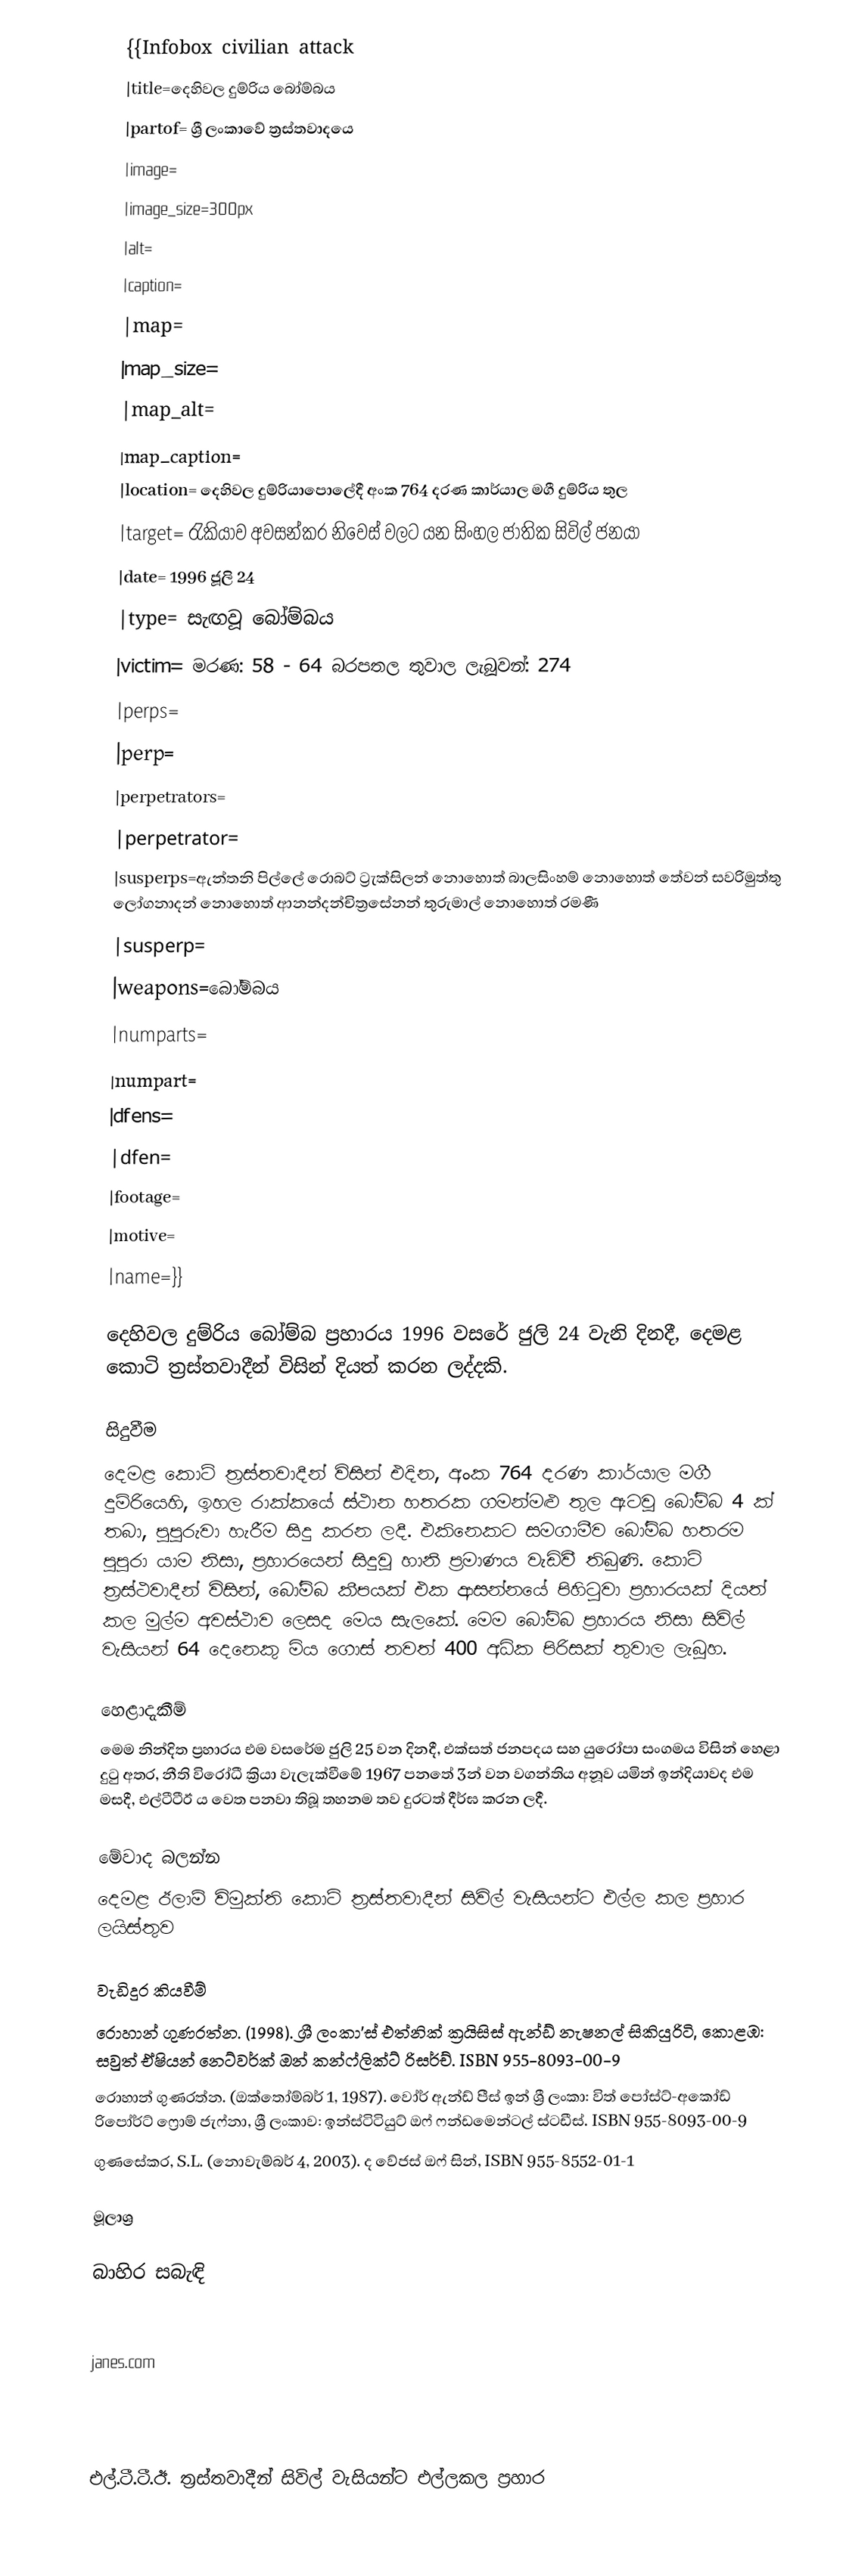
{{Infobox civilian attack
|title=දෙහිවල දුම්රිය බෝම්බය
|partof= ශ්‍රී ලංකාවේ ත්‍රස්තවාදයෙ
|image=
|image_size=300px
|alt=
|caption=
|map=
|map_size=
|map_alt=
|map_caption=
|location= දෙහිවල දුම්රියාපොලේදී අංක 764 දරණ කාර්යාල මගී දුම්රිය තුල
|target= රැකියාව අවසන්කර නිවෙස් වලට යන සිංහල ජාතික සිවිල් ජනයා
|date=  1996 ජූලි 24
|type= සැඟවූ බෝම්බය
|victim= මරණ: 58 - 64 බරපතල තුවාල ලැබූවන්‍: 274
|perps=
|perp=
|perpetrators=
|perpetrator=
|susperps=ඇන්තනි පිල්ලේ රොබට්‌ ට්‍රැක්‌සිලන් නොහොත් බාලසිංහම් නොහොත් තේවන් සවරිමුත්තු ලෝගනාදන් නොහොත් ආනන්දන්චිත්‍රසේනන් තුරුමාල් නොහොත් රමණී
|susperp=
|weapons=බෝම්බය
|numparts=
|numpart=
|dfens=
|dfen=
|footage=
|motive=
|name=}}

දෙහිවල දුම්රිය බෝම්බ ප්‍රහාරය 1996 වසරේ ජුලි 24 වැනි දිනදී, දෙමළ කොටි ත්‍රස්තවාදීන් විසින් දියත් කරන ලද්දකි.

සිදුවීම
දෙමළ කොටි ත්‍රස්තවාදීන් විසින් එදින, අංක 764 දරණ කාර්යාල මගී දුම්රියෙහි,  ඉහල රාක්කයේ ස්ථාන හතරක ගමන්මළු තුල ඇටවූ බෝම්බ 4 ක් තබා, පුපුරුවා හැරීම සිදු කරන ලදී. එකිනෙකට සමගාමීව බෝම්බ හතරම පුපුරා යාම නිසා, ප්‍රහාරයෙන් සිදුවූ හානි ප්‍රමාණය වැඩිවී තිබුණි. කොටි ත්‍රස්ථවාදීන් විසින්, බෝම්බ කීපයක් එක ආසන්නයේ පිහිටුවා ප්‍රහාරයක් දියත් කල මුල්ම අවස්ථාව ලෙසද මෙය සැලකේ. මෙම බෝම්බ ප්‍රහාරය නිසා සිවිල් වැසියන් 64 දෙනෙකු මිය ගොස් තවත් 400 අධික පිරිසක් තුවාල ලැබූහ.

හෙළාදැකීම්
මෙම නින්දිත ප්‍රහාරය එම වසරේම ජුලි 25 වන දිනදී, එක්සත් ජනපදය සහ යුරෝපා සංගමය විසින් හෙළා දුටු අතර, නීති විරෝධී ක්‍රියා වැලැක්වීමේ 1967 පනතේ 3න් වන වගන්තිය අනූව යමින් ඉන්දියාවද එම මසදී, එල්ටීටීඊ ය වෙත පනවා තිබූ තහනම තව දුරටත් දීර්ඝ කරන ලදී.

මේවාද බලන්න
 දෙමළ ඊලාම් විමුක්ති කොටි ත්‍රස්තවාදීන් සිවිල් වැසියන්ට එල්ල කල ප්‍රහාර ලයිස්තුව

වැඩිදුර කියවීම්
 රොහාන් ගුණරත්න. (1998). ශ්‍රී ලංකා'ස් එත්නික් ක්‍රයිසිස් ඇන්ඩ් නැෂනල් සිකියුරිටි, කොළඹ: සවුත් ඒෂියන් නෙට්වර්ක් ඔන් කන්ෆ්ලික්ට් රිසර්ච්. ISBN 955-8093-00-9
 රොහාන් ගුණරත්න. (ඔක්තෝම්බර් 1, 1987). වෝර් ඇන්ඩ් පීස් ඉන් ශ්‍රී ලංකා: විත් පෝස්ට්-අකෝඩ් රිපෝර්ට් ෆ්‍රොම් ජැෆ්නා, ශ්‍රී ලංකාව: ඉන්ස්ටිටියුට් ඔෆ් ෆන්ඩමෙන්ටල් ස්ටඩීස්. ISBN 955-8093-00-9
 ගුණසේකර, S.L. (නොවැම්බර් 4, 2003). ද වේජස් ඔෆ් සින්, ISBN 955-8552-01-1

මූලාශ්‍ර

බාහිර සබැඳි

 janes.com

එල්.ටී.ටී.ඊ. ත්‍රස්තවාදීන් සිවිල් වැසියන්ට එල්ලකල ප්‍රහාර